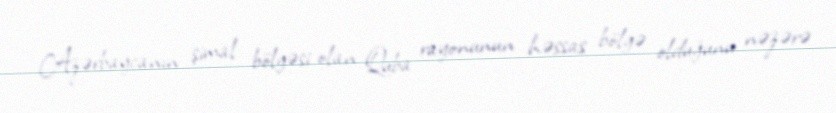
Azərbaycanın şimal bölgəsi olan Quba rayonunun həssas bölgə olduğunu nəzərə